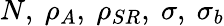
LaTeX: N,\ \rho_{A},\ \rho_{SR},\ \sigma,\ \sigma_{b}